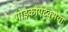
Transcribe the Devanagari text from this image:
गोइकोएट्क्सेया